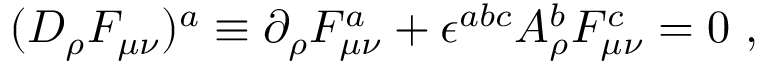
( D _ { \rho } F _ { \mu \nu } ) ^ { a } \equiv \partial _ { \rho } F _ { \mu \nu } ^ { a } + \epsilon ^ { a b c } A _ { \rho } ^ { b } F _ { \mu \nu } ^ { c } = 0 \ ,